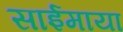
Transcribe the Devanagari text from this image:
साईमाया